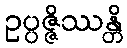
ဥပ္ပဇ္ဇိဿန္တိ